Assam Mental Hospital (Tezpur, India) - 1933-1948
Year: 1933
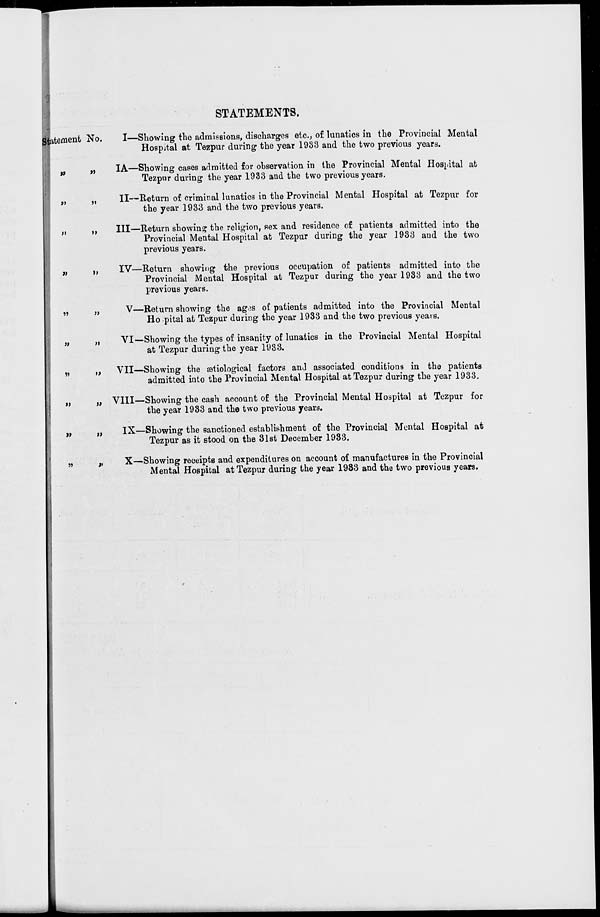
STATEMENTS.
Statement No.
„ „
„ „
„ „
„ „
„ „
„ „
„ „
„ „
„ „
„ „
I—Showing the admissions, discharges etc., of lunatics in the Provincial Mental
Hospital at Tezpur during the year 1933 and the two previous years.
IA—Showing cases admitted for observation in the Provincial Mental Hospital at
Tezpur during the year 1933 and the two previous years.
II—Return of criminal lunatics in the Provincial Mental Hospital at Tezpur for
the year 1933 and the two previous years.
III—Return showing the religion, sex and residence of patients admitted into the
Provincial Mental Hospital at Tezpur during the year 1933 and the two
previous years.
IV—Return showing the previous occupation of patients admitted into the
Provincial Mental Hospital at Tezpur during the year 1933 and the two
previous years.
V—Return showing the ages of patients admitted into the Provincial Mental
Hospital at Tezpur during the year 1933 and the two previous years.
VI—Showing the types of insanity of lunatics in the Provincial Mental Hospital
at Tezpur during the year 1933.
VII—Showing the ætiological factors and associated conditions in the patients
admitted into the Provincial Mental Hospital at Tezpur during the year 1933.
VIII—Showing the cash account of the Provincial Mental Hospital at Tezpur for
the year 1933 and the two previous years.
IX—Showing the sanctioned establishment of the Provincial Mental Hospital at
Tezpur as it stood on the 31st December 1933.
X—Showing receipts and expenditures on account of manufactures in the Provincial
Mental Hospital at Tezpur during the year 1933 and the two previous years.